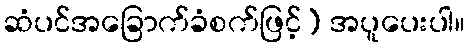
ဆံပင်အခြောက်ခံစက်ဖြင့်) အပူပေးပါ။